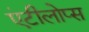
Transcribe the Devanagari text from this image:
एंटीलोप्स